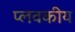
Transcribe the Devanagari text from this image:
प्लवकीय